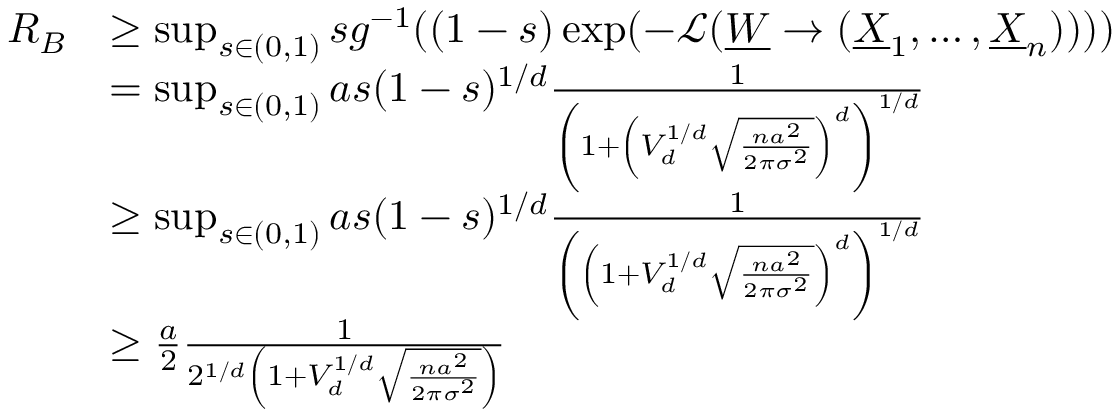
\begin{array} { r l } { R _ { B } } & { \geq \operatorname* { s u p } _ { s \in ( 0 , 1 ) } s g ^ { - 1 } ( ( 1 - s ) \exp ( - \mathcal { L } ( \underline { { W } } \to ( \underline { { X } } _ { 1 } , \dots , \underline { { X } } _ { n } ) ) ) ) } \\ & { = \operatorname* { s u p } _ { s \in ( 0 , 1 ) } a s ( 1 - s ) ^ { 1 / d } \frac { 1 } { \left( 1 + \left( V _ { d } ^ { 1 / d } \sqrt { \frac { n a ^ { 2 } } { 2 \pi \sigma ^ { 2 } } } \right) ^ { d } \right) ^ { 1 / d } } } \\ & { \geq \operatorname* { s u p } _ { s \in ( 0 , 1 ) } a s ( 1 - s ) ^ { 1 / d } \frac { 1 } { \left( \left( 1 + V _ { d } ^ { 1 / d } \sqrt { \frac { n a ^ { 2 } } { 2 \pi \sigma ^ { 2 } } } \right) ^ { d } \right) ^ { 1 / d } } } \\ & { \geq \frac { a } { 2 } \frac { 1 } { 2 ^ { 1 / d } \left( 1 + V _ { d } ^ { 1 / d } \sqrt { \frac { n a ^ { 2 } } { 2 \pi \sigma ^ { 2 } } } \right) } } \end{array}